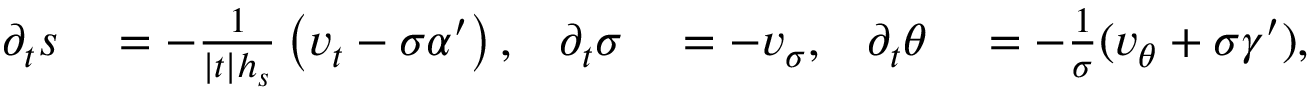
\begin{array} { r l r l r l } { \partial _ { t } s } & { { } = - \frac { 1 } { | t | h _ { s } } \left( v _ { t } - \sigma \alpha ^ { \prime } \right) , } & { \partial _ { t } \sigma } & { { } = - v _ { \sigma } , } & { \partial _ { t } \theta } & { { } = - \frac { 1 } { \sigma } ( v _ { \theta } + \sigma \gamma ^ { \prime } ) , } \end{array}